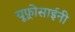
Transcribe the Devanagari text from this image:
यूफ़्रोसाईनी